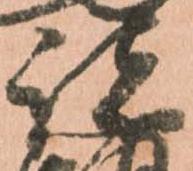
諸